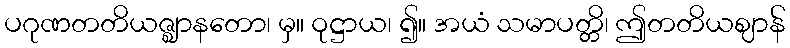
ပဂုဏတတိယဇ္ဈာနတော၊ မှ။ ဝုဋ္ဌာယ၊ ၍။ အယံ သမာပတ္တိ၊ ဤတတိယဈာန်